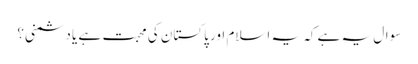
سوال یہ ہے کہ یہ اسلام اور پاکستان کی محبت ہے یا دشمنی؟